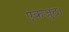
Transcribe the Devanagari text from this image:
एकजुट।